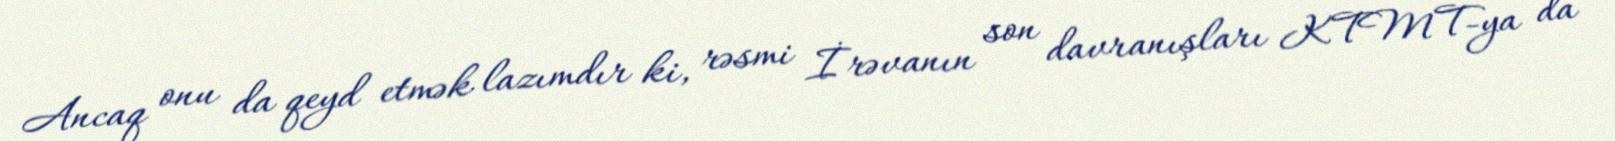
Ancaq onu da qeyd etmək lazımdır ki, rəsmi İrəvanın son davranışları KTMT-ya da